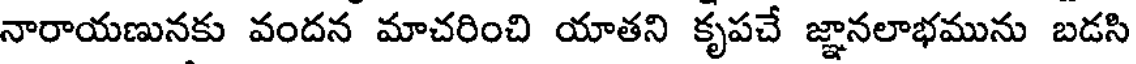
నారాయణునకు వందన మాచరించి యాతని కృపచే జ్ఞానలాభమును బడసి